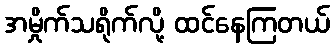
အမှိုက်သရိုက်လို့ ထင်နေကြတယ်